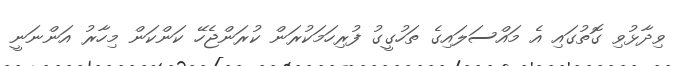
ވިދާޅުވި ގޮތުގައި އެ މައްސަލައިގެ ތަހުގީގު ފުރިހަމަކުރަން ކުރަންޖެހޭ ކަންކަން މިހާރު އަންނަނީ